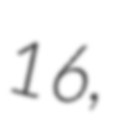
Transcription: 16,